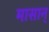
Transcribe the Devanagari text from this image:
मासान्